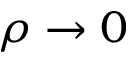
\rho \to 0